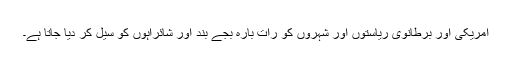
امریکی اور برطانوی ریاستوں اور شہروں کو رات بارہ بجے بند اور شائراہوں کو سیل کر دیا جاتا ہے۔